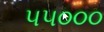
૫૫૦૦૦